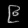
Digit: ၉